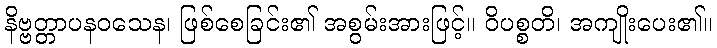
နိဗ္ဗတ္တာပနဝသေန၊ ဖြစ်စေခြင်း၏ အစွမ်းအားဖြင့်။ ဝိပစ္စတိ၊ အကျိုးပေး၏။